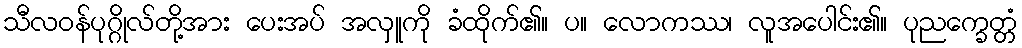
သီလဝန်ပုဂ္ဂိုလ်တို့အား ပေးအပ် အလှူကို ခံထိုက်၏။ ပ။ လောကဿ၊ လူအပေါင်း၏။ ပုညက္ခေတ္တံ